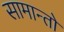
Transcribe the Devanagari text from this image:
सामान्तो